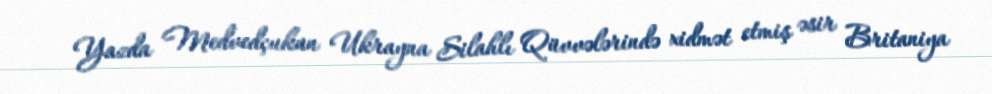
Yazda Medvedçukun Ukrayna Silahlı Qüvvələrində xidmət etmiş əsir Britaniya